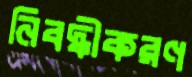
নিবদ্ধীকরণ